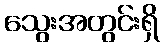
သွေးအတွင်းရှိ